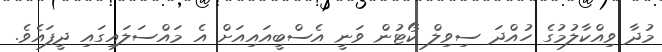
މުދާ ވިއްކާލުމުގެ ހުއްދަ ސިވިލް ކޯޓުން ވަނީ އެސްބީއައިއަށް އެ މައްސަލައިގައި ދީފައެވެ.